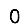
Digit: 0